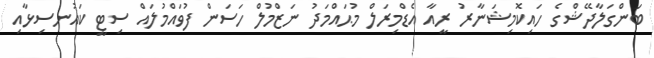
ބަންގަލާދޭޝްގެ ހައިކޮމިޝަނާރު ރީއާ އެޑްމިރަލް މުޙައްމަދު ނަޒްމުލް ހަސަން ފުވައްމުލައް ސިޓީ ކައުނސިޅާއި